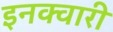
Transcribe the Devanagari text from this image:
इनक्वारी